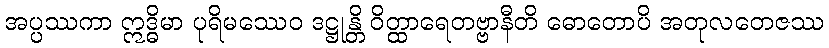
အပ္ပဿကာ ဣဒ္ဓိမာ ပုရိမဿေဝ ဒဋ္ဌုန္တိ ဝိတ္ထာရေတဗ္ဗာနီတိ ဓောတောပိ အတုလတေဇဿ